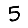
Digit: 5